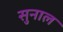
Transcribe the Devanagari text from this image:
सुनाल